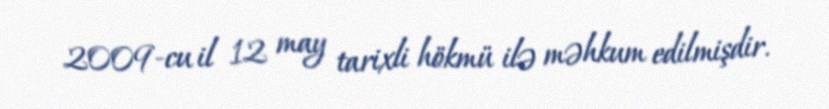
2009-cu il 12 may tarixli hökmü ilə məhkum edilmişdir.